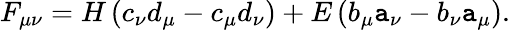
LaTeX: F_{\mu\nu}=H\left(c_{\nu}d_{\mu}-c_{\mu}d_{\nu}\right)+E\left(b_{\mu}\mathtt{a}_{\nu}-b_{\nu}\mathtt{a}_{\mu}\right).